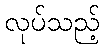
လုပ်သည့်